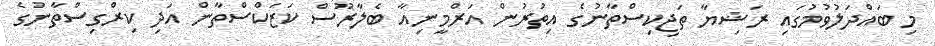
މި ބައްދަލުވުމުގައި ރަޝިޔާ ތަޖިކިސްތާނުގެ އިތުރުން އަރްމީނިއާ ބެލާރޫސް ކަޒަކްސްތާން އަދި ކިރްގިސްތާނުގެ